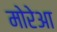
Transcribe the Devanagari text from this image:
मोरेआ